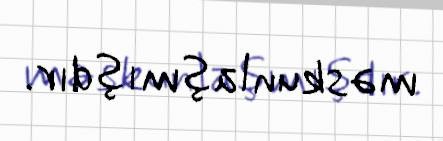
məskunlaşmışdır.